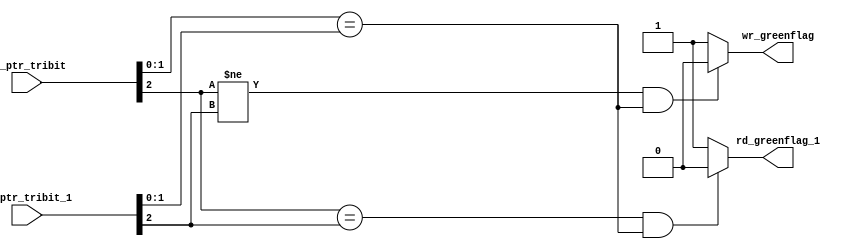
`timescale 1ns / 1ps
//////////////////////////////////////////////////////////////////////////////////
// Company:
// 
// Create Date:
// Design Name: 
// Module Name: flags_gen
// Project Name: EtherBlade.net_v1 
// Target Devices: 
// Tool Versions: 
// Description: 
// 
// Dependencies: 
// 
// Version: 0.01
// Additional Comments:
// 
//////////////////////////////////////////////////////////////////////////////////
module flags_gen (
  input [2:0] wr_ptr_tribit,
  input [2:0] rd_ptr_tribit_1,
  output wr_greenflag,
  output rd_greenflag_1
);


//"wr_greenflag" aka "not_full"
  assign wr_greenflag = ((wr_ptr_tribit[2] != rd_ptr_tribit_1[2]) &&                        
                         (wr_ptr_tribit[1:0] == rd_ptr_tribit_1[1:0])) ? 1'b0 : 1'b1;

//"rd_greenflag" aka "not_empty"
  assign rd_greenflag_1 = ((wr_ptr_tribit[2] == rd_ptr_tribit_1[2]) &&                        
                         (wr_ptr_tribit[1:0] == rd_ptr_tribit_1[1:0])) ? 1'b0 : 1'b1;

endmodule